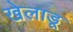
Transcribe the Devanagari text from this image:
खेलाडू